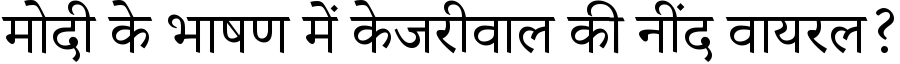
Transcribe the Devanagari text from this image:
मोदी के भाषण में केजरीवाल की नींद वायरल?